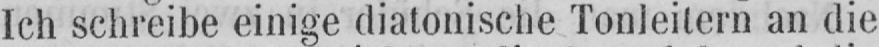
Ich schreibe einige diatonische Tonleitern an die